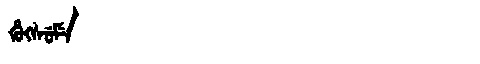
Manchu: ᡥᡠᡴᠰᡠᠮᡝ
Romanization: HUKSUME